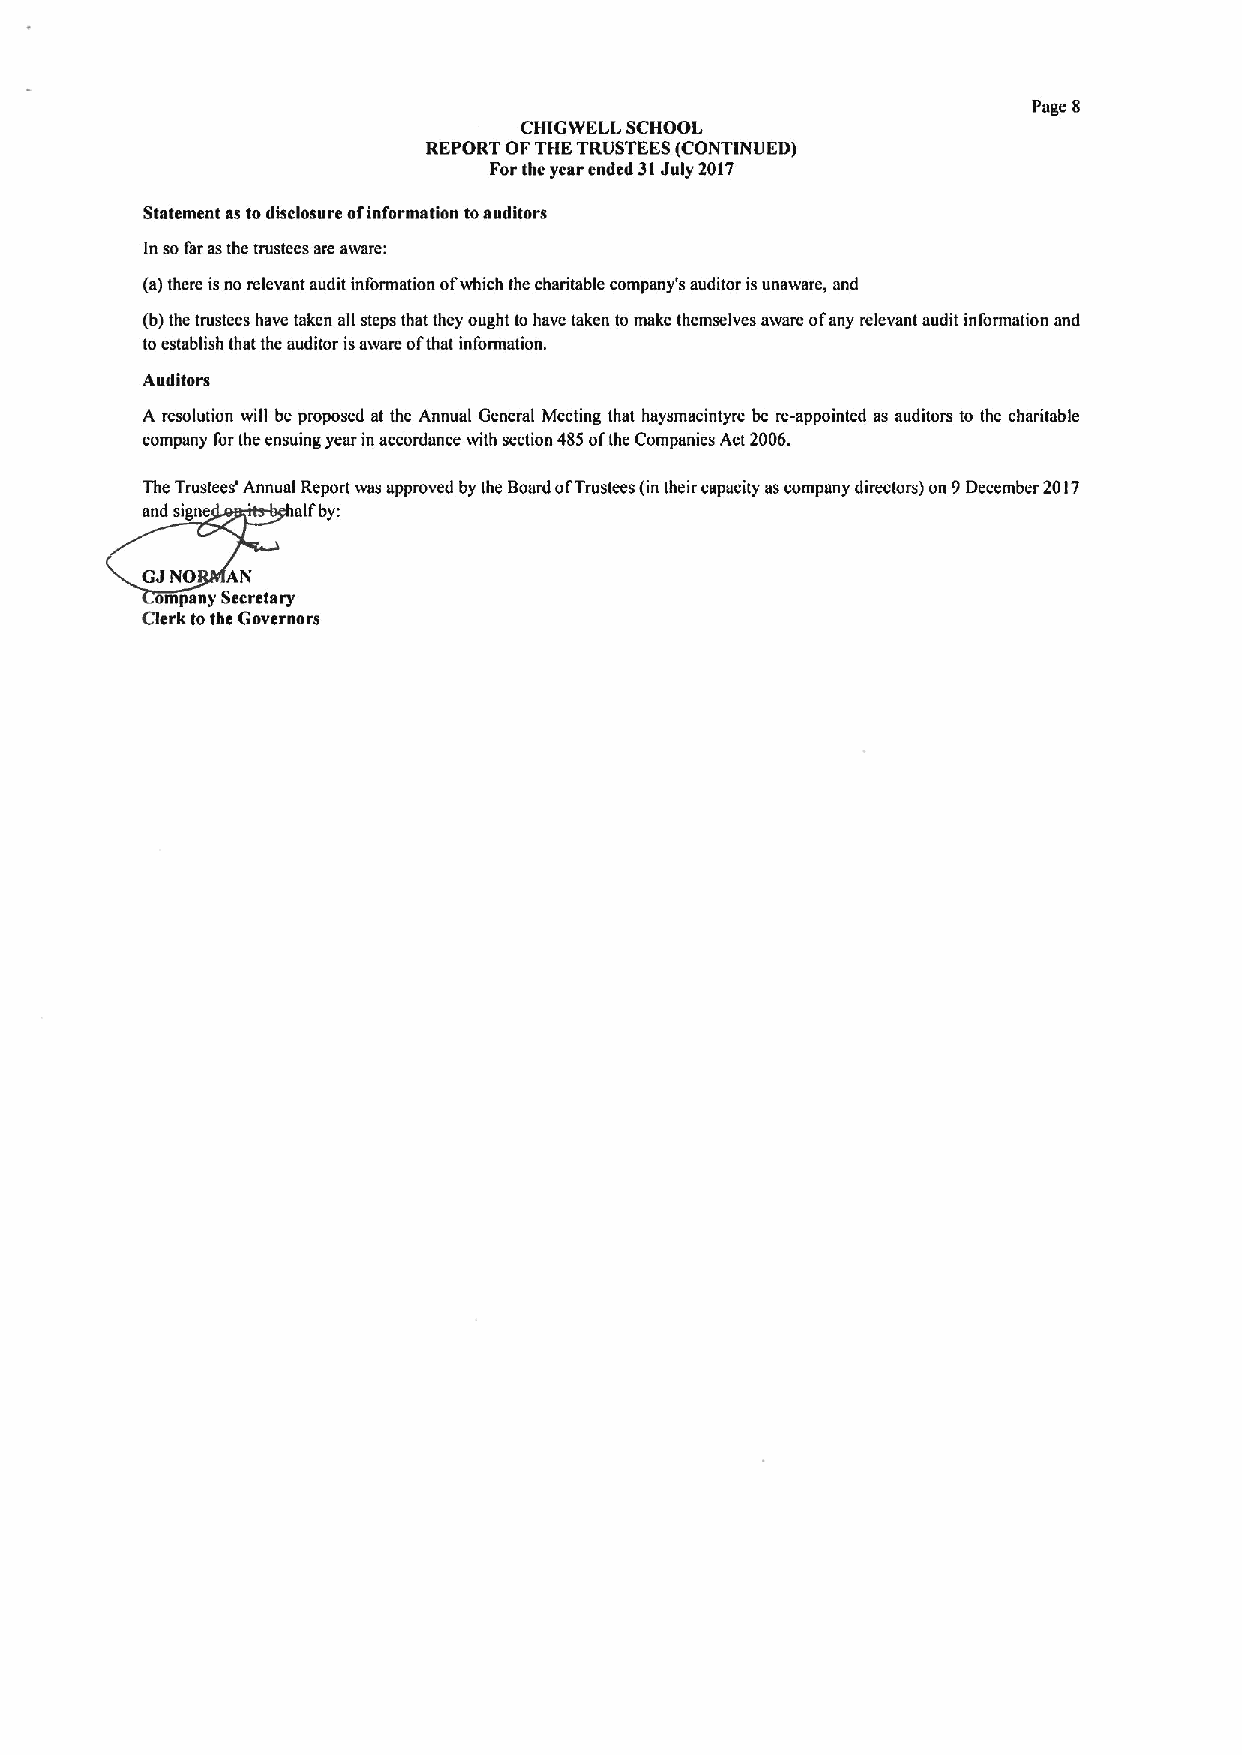
Page 8
 CHIGWELL SCHOOL
 REPORT OFTHETRVSTEES(CONTINUED)
 Forthe year ended 31July 20I7
 Statement as todisclosure afinformation toauditors
 In sofar asthe trustees are aware:
 (a)there isno relevant audit information ofwhich the charitable company's auditor isunaware, ond
 (b)the trustees have taken all steps that they ought to have taken to make themselves aware ofany relevant audit information and
 toestablish that the auditor isswam ofthat information.
 Auditors
 A resolution will be proposed at the Annual General Meeting that haysmacintyre be re-appointed as auditors to the charitable
 company forthe ensuing year in accordance with section 485ofthe Companies Act 2006.
 The Trustees' Annual Report was approved by the Board of'Trustees (in their capacity ascompany directors) on 9December 2017
 and signe ' elfby:
 GJNO  AN
 ompany Secretary
 Clerk tothe Governors